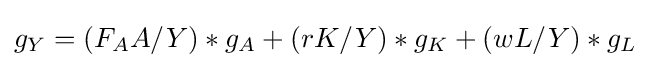
g_{Y}=({F_{A}}A/{Y})*g_{A}+({rK}/{Y})*g_{K}+({wL}/{Y})*g_{L}